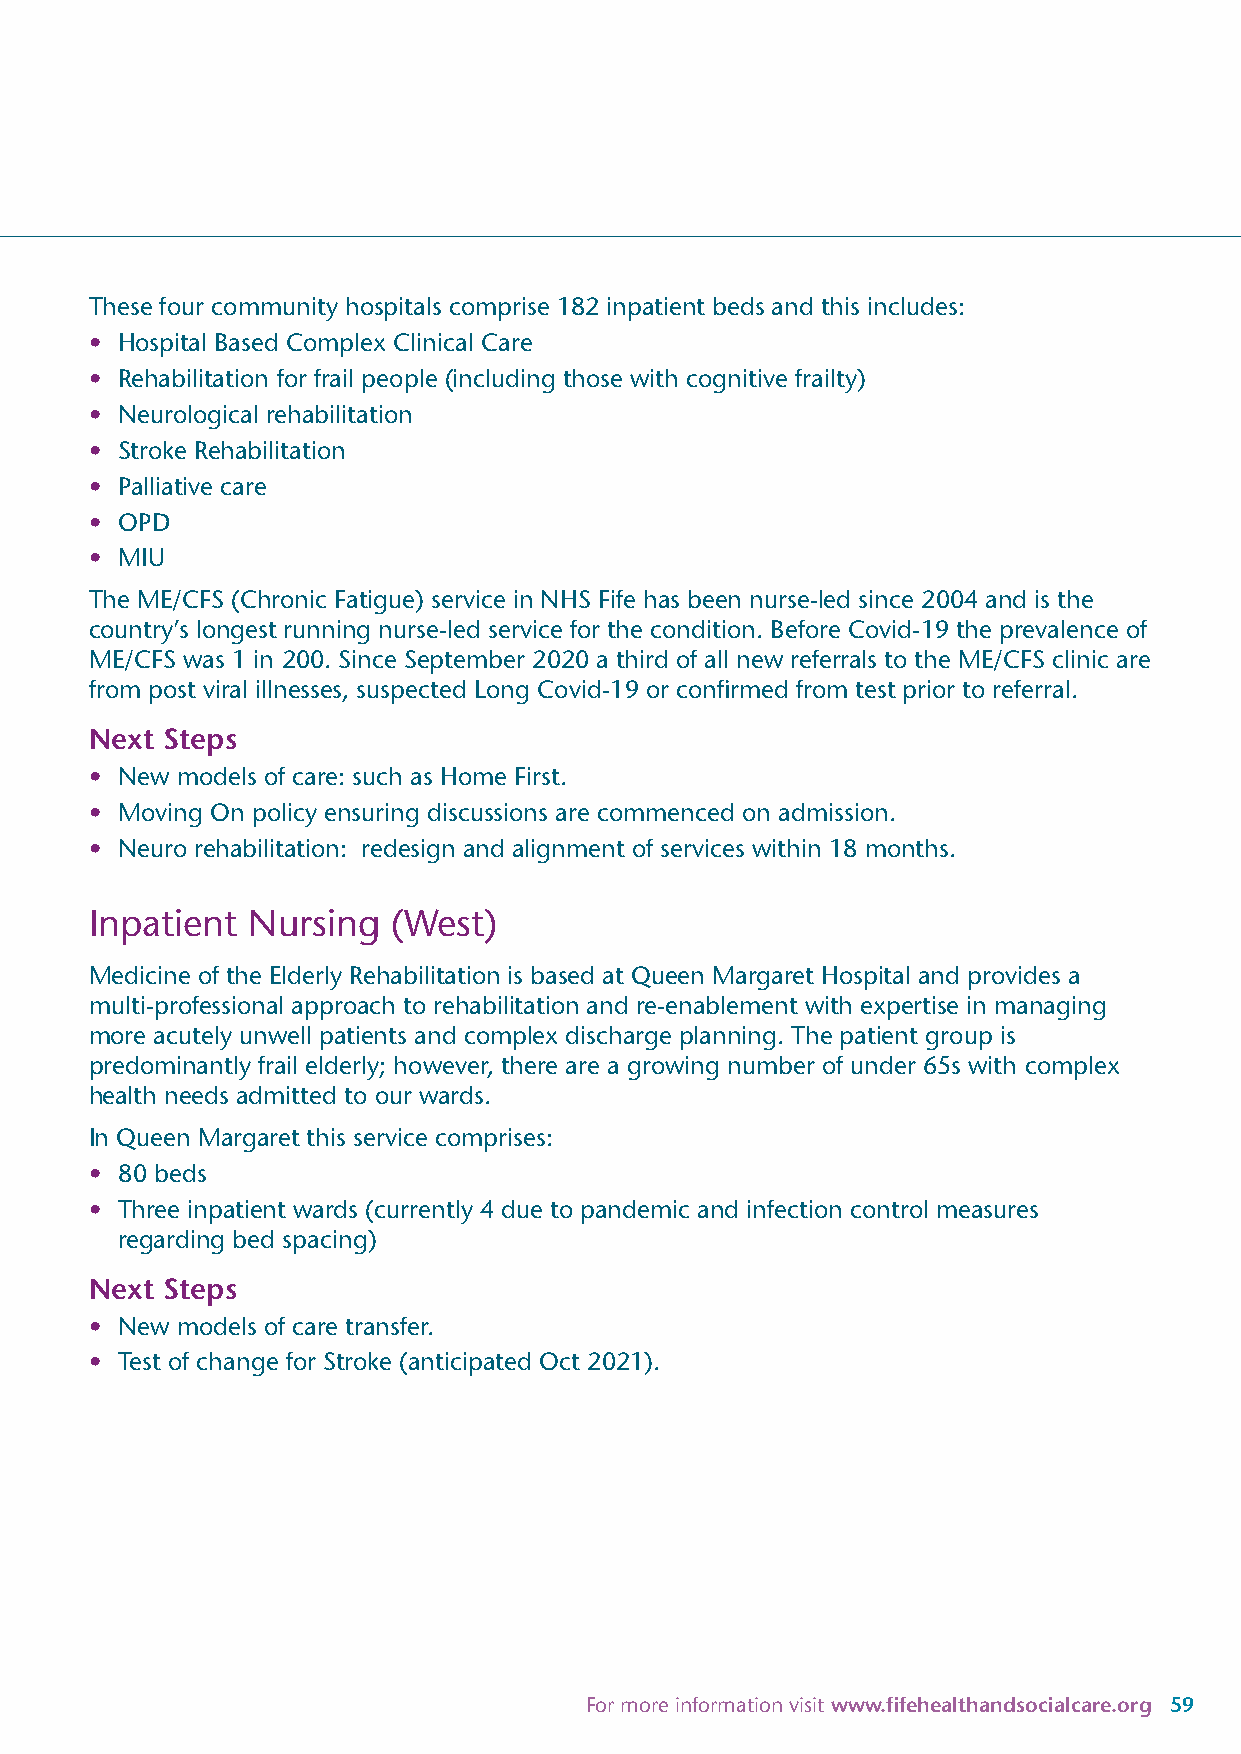
These four community hospitals comprise 182 inpatient beds and this includes:
 • Hospital Based Complex Clinical Care
 • Rehabilitation for frail people (including those with cognitive frailty)
 • Neurological rehabilitation
 • Stroke Rehabilitation
 • Palliative care
 • OPD
 • MIU
 The ME/CFS (Chronic Fatigue) service in NHS Fife has been nurse-led since 2004 and is the
 country’s longest running nurse-led service for the condition. Before Covid-19 the prevalence of
 ME/CFS was 1 in 200. Since September 2020 a third of all new referrals to the ME/CFS clinic are
 from post viral illnesses, suspected Long Covid-19 or confirmed from test prior to referral.
 Next Steps
 • New models of care: such as Home First.
 • Moving On policy ensuring discussions are commenced on admission.
 • Neuro rehabilitation: redesign and alignment of services within 18 months.
 Inpatient Nursing   (West)
 Medicine of the Elderly Rehabilitation is based at Queen Margaret Hospital and provides a
 multi-professional approach to rehabilitation and re-enablement with expertise in managing
 more acutely unwell patients and complex discharge planning. The patient group is
 predominantly frail elderly; however, there are a growing number of under 65s with complex
 health needs admitted to our wards.
 In Queen Margaret this service comprises:
 • 80 beds
 • Three inpatient wards (currently 4 due to pandemic and infection control measures
 regarding bed spacing)
 Next Steps
 • New models of care transfer.
 • Test of change for Stroke (anticipated Oct 2021).
 For more information visit www.fifehealthandsocialcare.org 59